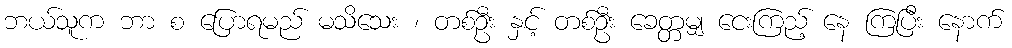
ဘယ်သူက ဘာ စ ပြောရမည် မသိသေး ၊ တစ်ဦး နှင့် တစ်ဦး ခေတ္တမျှ ငေးကြည့် နေ ကြပြီး နောက်